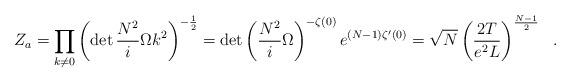
LaTeX: \begin{align*}Z_a=\prod_{k\neq 0}\left(\det \frac{N^2}{i}\Omega k^2\right)^{-\frac{1}{2}}=\det\left( \frac{N^2}{i}\Omega\right)^{-\zeta(0)}e^{(N-1)\zeta'(0)}=\sqrt{N}\left(\frac{2T}{e^2 L}\right)^{\frac{N-1}{2}}\ \ .\end{align*}